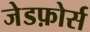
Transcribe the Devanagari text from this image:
जेडफ़ोर्स